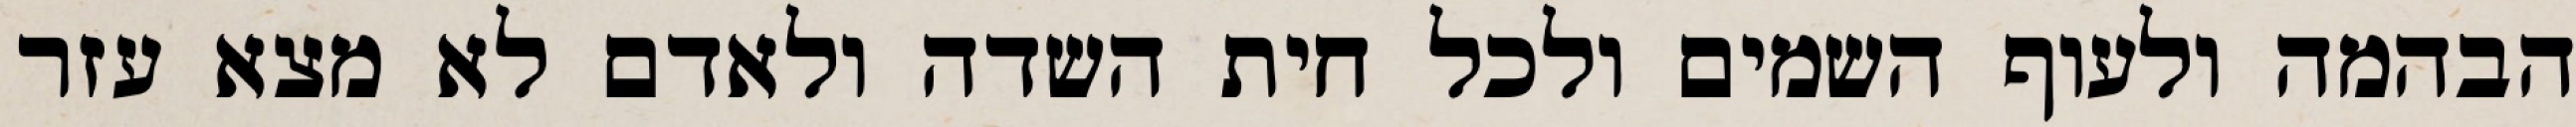
הבהמה ולעוף השמים ולכל חית השדה ולאדם לא מצא עזר